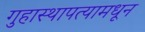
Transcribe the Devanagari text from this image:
गुहास्थापत्यामधून